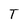
Character: T